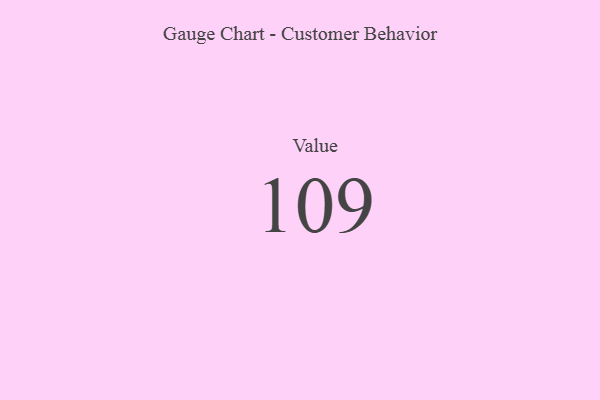
{"axis": {"x": "Metric", "y": "Value"}, "legend": [""], "data": [{"x": "Value", "y": 109, "type": ""}]}